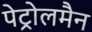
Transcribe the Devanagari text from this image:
पेट्रोलमैन